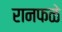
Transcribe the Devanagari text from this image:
रानफळे